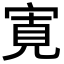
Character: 𡩖